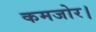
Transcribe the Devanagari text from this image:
कमजोर।